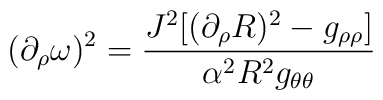
(\partial_\rho\omega)^2 = \frac{J^2[(\partial_\rho R)^2 -g_{\rho\rho}]}{\alpha^2R^2g_{\theta\theta}}